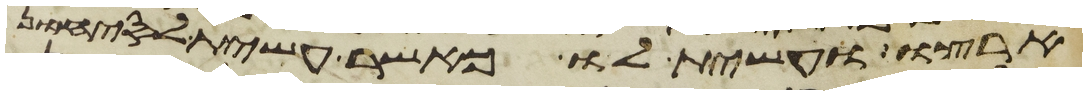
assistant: ארצו ועשית לו כאשר עשית לסיחון